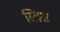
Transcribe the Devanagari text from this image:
स्त्रिस